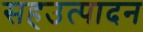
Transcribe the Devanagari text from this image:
सहउत्पादन